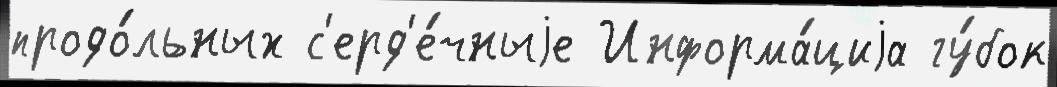
продо́льных с'ерд'е́чныjе Информа́циjа гу́бок